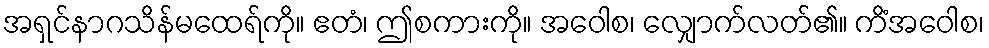
အရှင်နာဂသိန်မထေရ်ကို။ ဧတံ၊ ဤစကားကို။ အဝေါစ၊ လျှောက်လတ်၏။ ကိံအဝေါစ၊